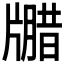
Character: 𪺦